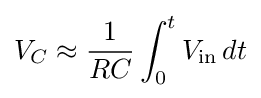
V_{C}\approx {\frac {1}{RC}}\int _{0}^{t}V_{\mathrm {in} }\,dt